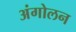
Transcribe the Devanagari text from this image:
अंगोलन